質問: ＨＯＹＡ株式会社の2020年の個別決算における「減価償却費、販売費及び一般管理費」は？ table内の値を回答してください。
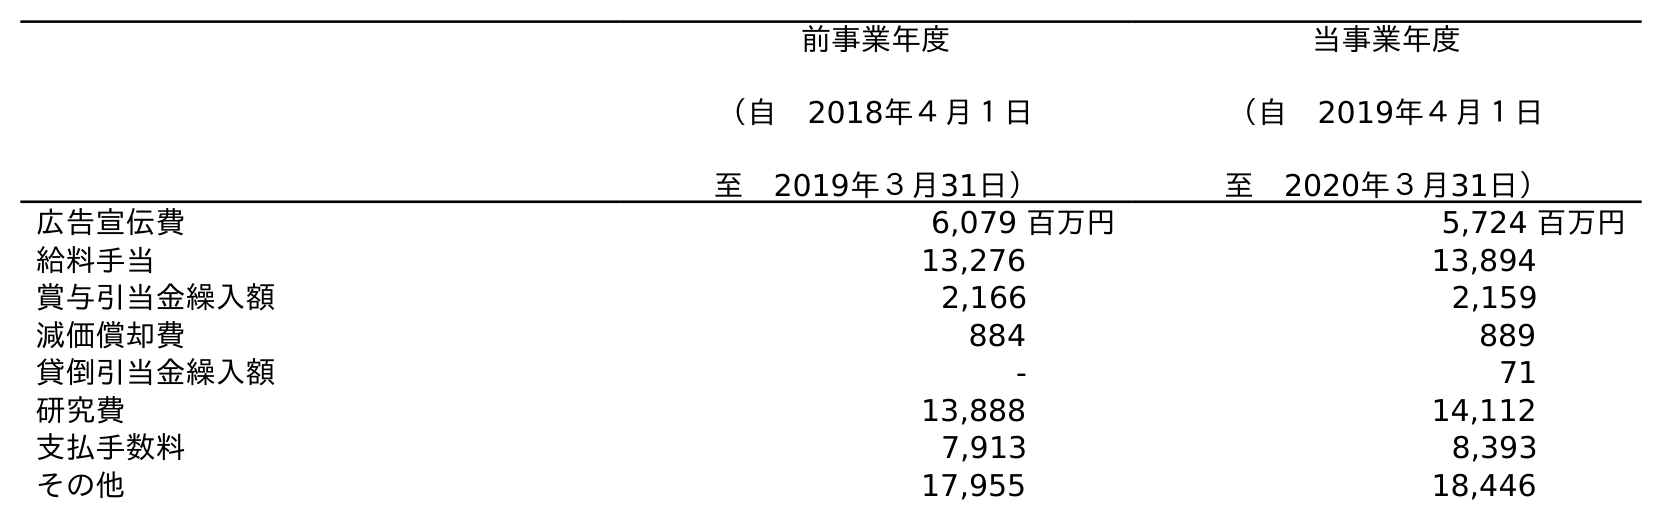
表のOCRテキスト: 前事業年度 （自 2018年４月１日 至 2019年３月31日） 当事業年度 （自 2019年４月１日 至 2020年３月31日） 広告宣伝費 6,079 百万円 5,724 百万円 給料手当 13,276 13,894 賞与引当金繰入額 2,166 2,159 減価償却費 884 889 貸倒引当金繰入額 - 71 研究費 13,888 14,112 支払手数料 7,913 8,393 その他 17,955 18,446
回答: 889